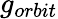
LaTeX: g_{orbit}